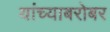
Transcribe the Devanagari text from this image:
यांच्‍याबरोबर